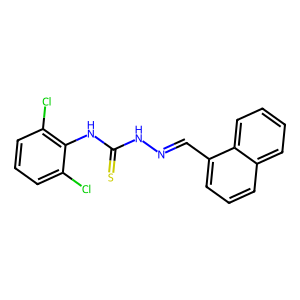
SMILES: S=C(NN=Cc1cccc2ccccc12)Nc1c(Cl)cccc1Cl
Inhibits HIV replication: No